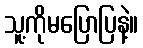
သူ့ကိုမပြောပြနဲ့။